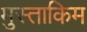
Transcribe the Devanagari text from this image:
मुस्ताकिम